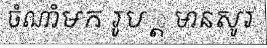
ចំណាំមក រូប ្ត មានសូរ